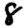
Digit: 8